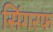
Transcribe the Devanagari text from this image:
सिंगरफ